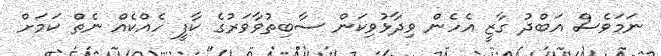
ނަމަވެސް އަބްދު ގާޒީ އެހެން ވިދާޅުވިކަން ސާބިތުވާވަރުގެ ކާފީ ހެއްކެއް ނެތް ކަމަށް